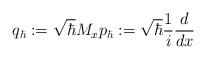
LaTeX: \begin{align*}q_{\hbar}:=\sqrt{\hbar}M_{x}p_{\hbar}:=\sqrt{\hbar}\frac{1}{i}\frac{d}{dx} \end{align*}